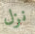
نزل